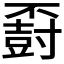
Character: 𪧽